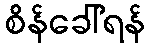
စိန်ခေါ်ရန်